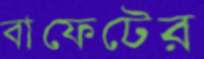
বাফেটের